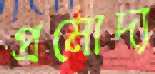
প্রমোদ্য